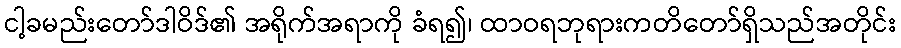
ငါ့ခမည်းတော်ဒါဝိဒ်၏ အရိုက်အရာကို ခံရ၍၊ ထာဝရဘုရားကတိတော်ရှိသည်အတိုင်း